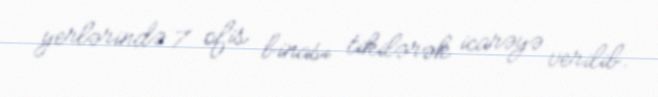
yerlərində 7 ofis binası tikilərək icarəyə verilib.